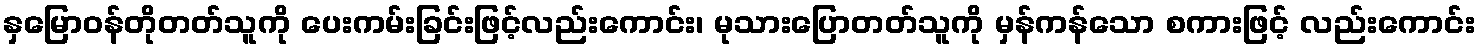
နှမြောဝန်တိုတတ်သူကို ပေးကမ်းခြင်းဖြင့်လည်းကောင်း၊ မုသားပြောတတ်သူကို မှန်ကန်သော စကားဖြင့် လည်းကောင်း